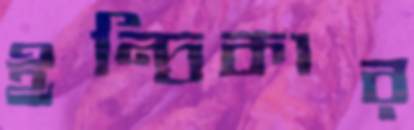
ইন্দ্রিকার